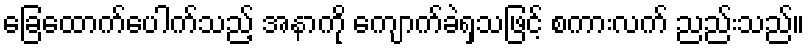
ခြေထောက်ပေါက်သည့် အနာကို ကျောက်ခဲရှသဖြင့် စကားလက် ညည်းသည်။